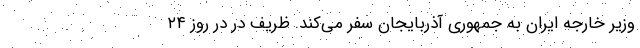
وزیر خارجه ایران به جمهوری آذربایجان سفر می‌کند. ظریف در در روز ۲۴